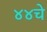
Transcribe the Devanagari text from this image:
४४चे